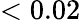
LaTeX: <0.02